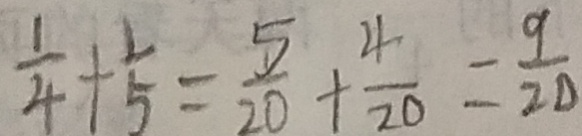
\frac { 1 } { 4 } + \frac { 1 } { 5 } = \frac { 5 } { 2 0 } + \frac { 4 } { 2 0 } = \frac { 9 } { 2 0 }